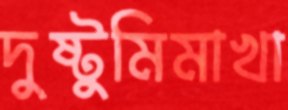
দুষ্টুমিমাখা